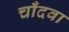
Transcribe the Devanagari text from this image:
चाँदवा